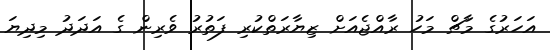
އަހަރުގެ މާޗް މަހު ރާއްޖެއަށް ޒިޔާރަތްކުރި ފަތުރު ވެރިން ގެ އަދަދު މިދިޔަ